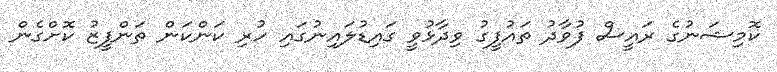
ކޮމިޝަނުގެ ރައީސް ފުވާދު ތައުފީގު ވިދާޅުވީ ގައިޑުލައިނުގައި ހުރި ކަންކަން ތަންފީޒު ކޮށްގެން